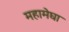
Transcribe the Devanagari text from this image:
महामेघा